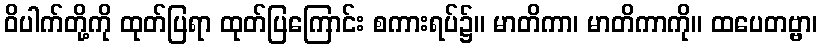
ဝိပါက်တို့ကို ထုတ်ပြရာ ထုတ်ပြကြောင်း စကားရပ်၌။ မာတိကာ၊ မာတိကာကို။ ထပေတဗ္ဗာ၊